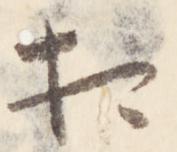
相